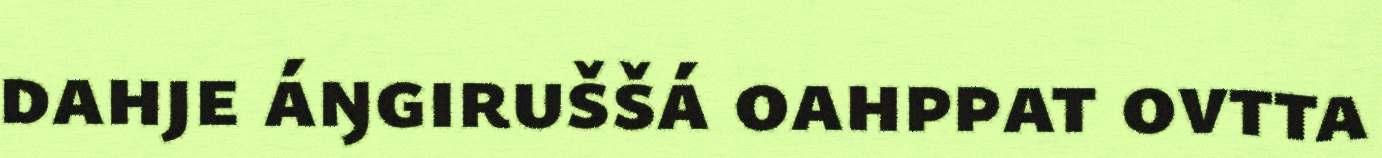
dahje áŋgiruššá oahppat ovtta